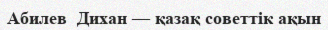
Абилев  Дихан — қазақ советтік ақын